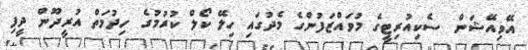
އޭވިއޭޝަން ސެކިއުރިޓީގެ މުވައްޒަފުންގެ މެދުގައި ހިލޭ ކޯލް ކުރުމުގެ ހިދުމަތް އުރީދޫން ދީފި